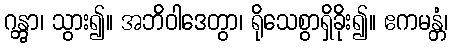
ဂန္တွာ၊ သွား၍။ အဘိဝါဒေတွာ၊ ရိုသေစွာရှိခိုး၍။ ဧကမန္တံ၊